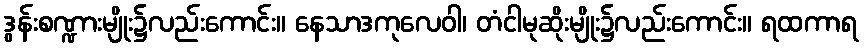
ဒွန်းစဏ္ဍားမျိုး၌လည်းကောင်း။ နေသာဒကုလေဝါ၊ တံငါမုဆိုးမျိုး၌လည်းကောင်း။ ရထကာရ